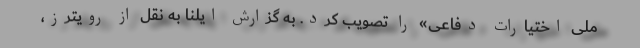
ملی اختیارات دفاعی» را تصویب کرد. به گزارش ایلنا به نقل از رویترز،